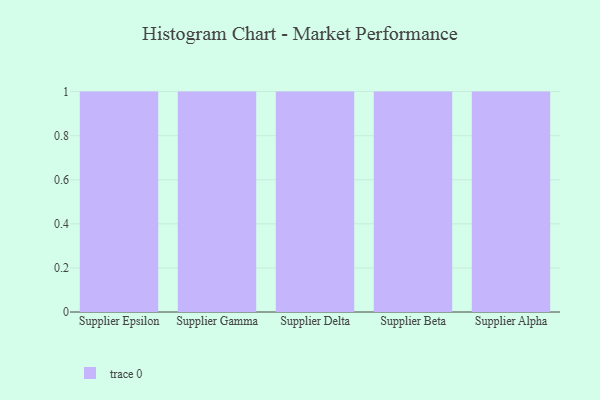
{"axis": {"x": "Supplier", "y": "Humidity (%)"}, "legend": [""], "data": [{"x": "Supplier Epsilon", "y": 32, "type": ""}, {"x": "Supplier Gamma", "y": 27, "type": ""}, {"x": "Supplier Delta", "y": 50, "type": ""}, {"x": "Supplier Beta", "y": 1, "type": ""}, {"x": "Supplier Alpha", "y": 47, "type": ""}]}